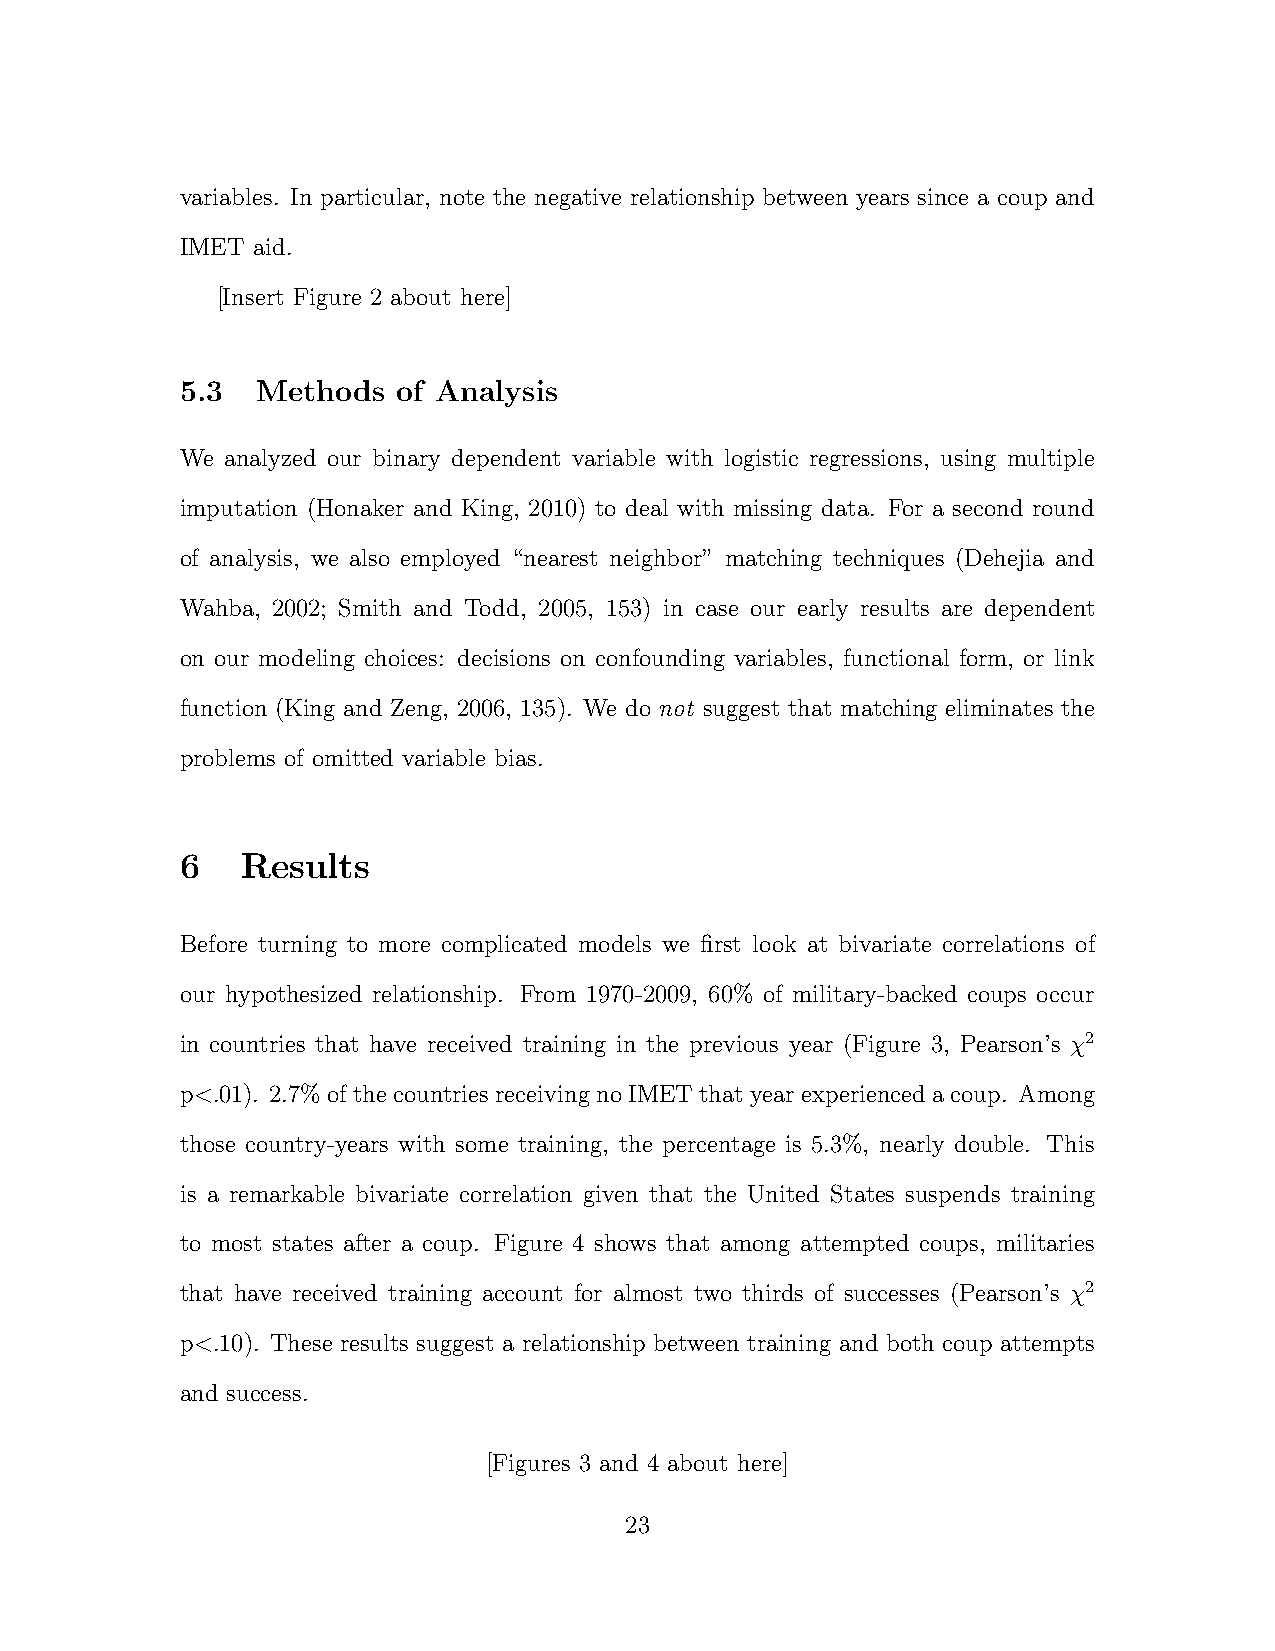
variables. In particular, note the negative relationship between years since a coup and
 IMET aid.
 [Insert Figure 2 about here]
 5.3  Methods  of Analysis
 We analyzed our binary dependent variable with logistic regressions, using multiple
 imputation (Honaker and King, 2010) to deal with missing data. For a second round
 of analysis, we also employed “nearest neighbor” matching techniques (Dehejia and
 Wahba, 2002; Smith and Todd, 2005, 153) in case our early results are dependent
 on our modeling choices: decisions on confounding variables, functional form, or link
 function (King and Zeng, 2006, 135). We do not suggest that matching eliminates the
 problems of omitted variable bias.
 6   Results
 Before turning to more complicated models we first look at bivariate correlations of
 our hypothesized relationship. From 1970-2009, 60% of military-backed coups occur
 in countries that have received training in the previous year (Figure 3, Pearson’s 2
 p<.01). 2.7% of the countries receiving no IMET that year experienced a coup. Among
 those country-years with some training, the percentage is 5.3%, nearly double. This
 is a remarkable bivariate correlation given that the United States suspends training
 to most states after a coup. Figure 4 shows that among attempted coups, militaries
 that have received training account for almost two thirds of successes (Pearson’s 2
 p<.10). These results suggest a relationship between training and both coup attempts
 and success.
 [Figures 3 and 4 about here]
 23